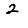
Digit: 2